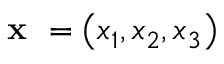
\textbf { x } = \left( x _ { 1 } , x _ { 2 } , x _ { 3 } \right)